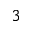
^ 3